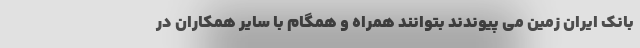
بانک ایران زمین می پیوندند بتوانند همراه و همگام با سایر همکاران در